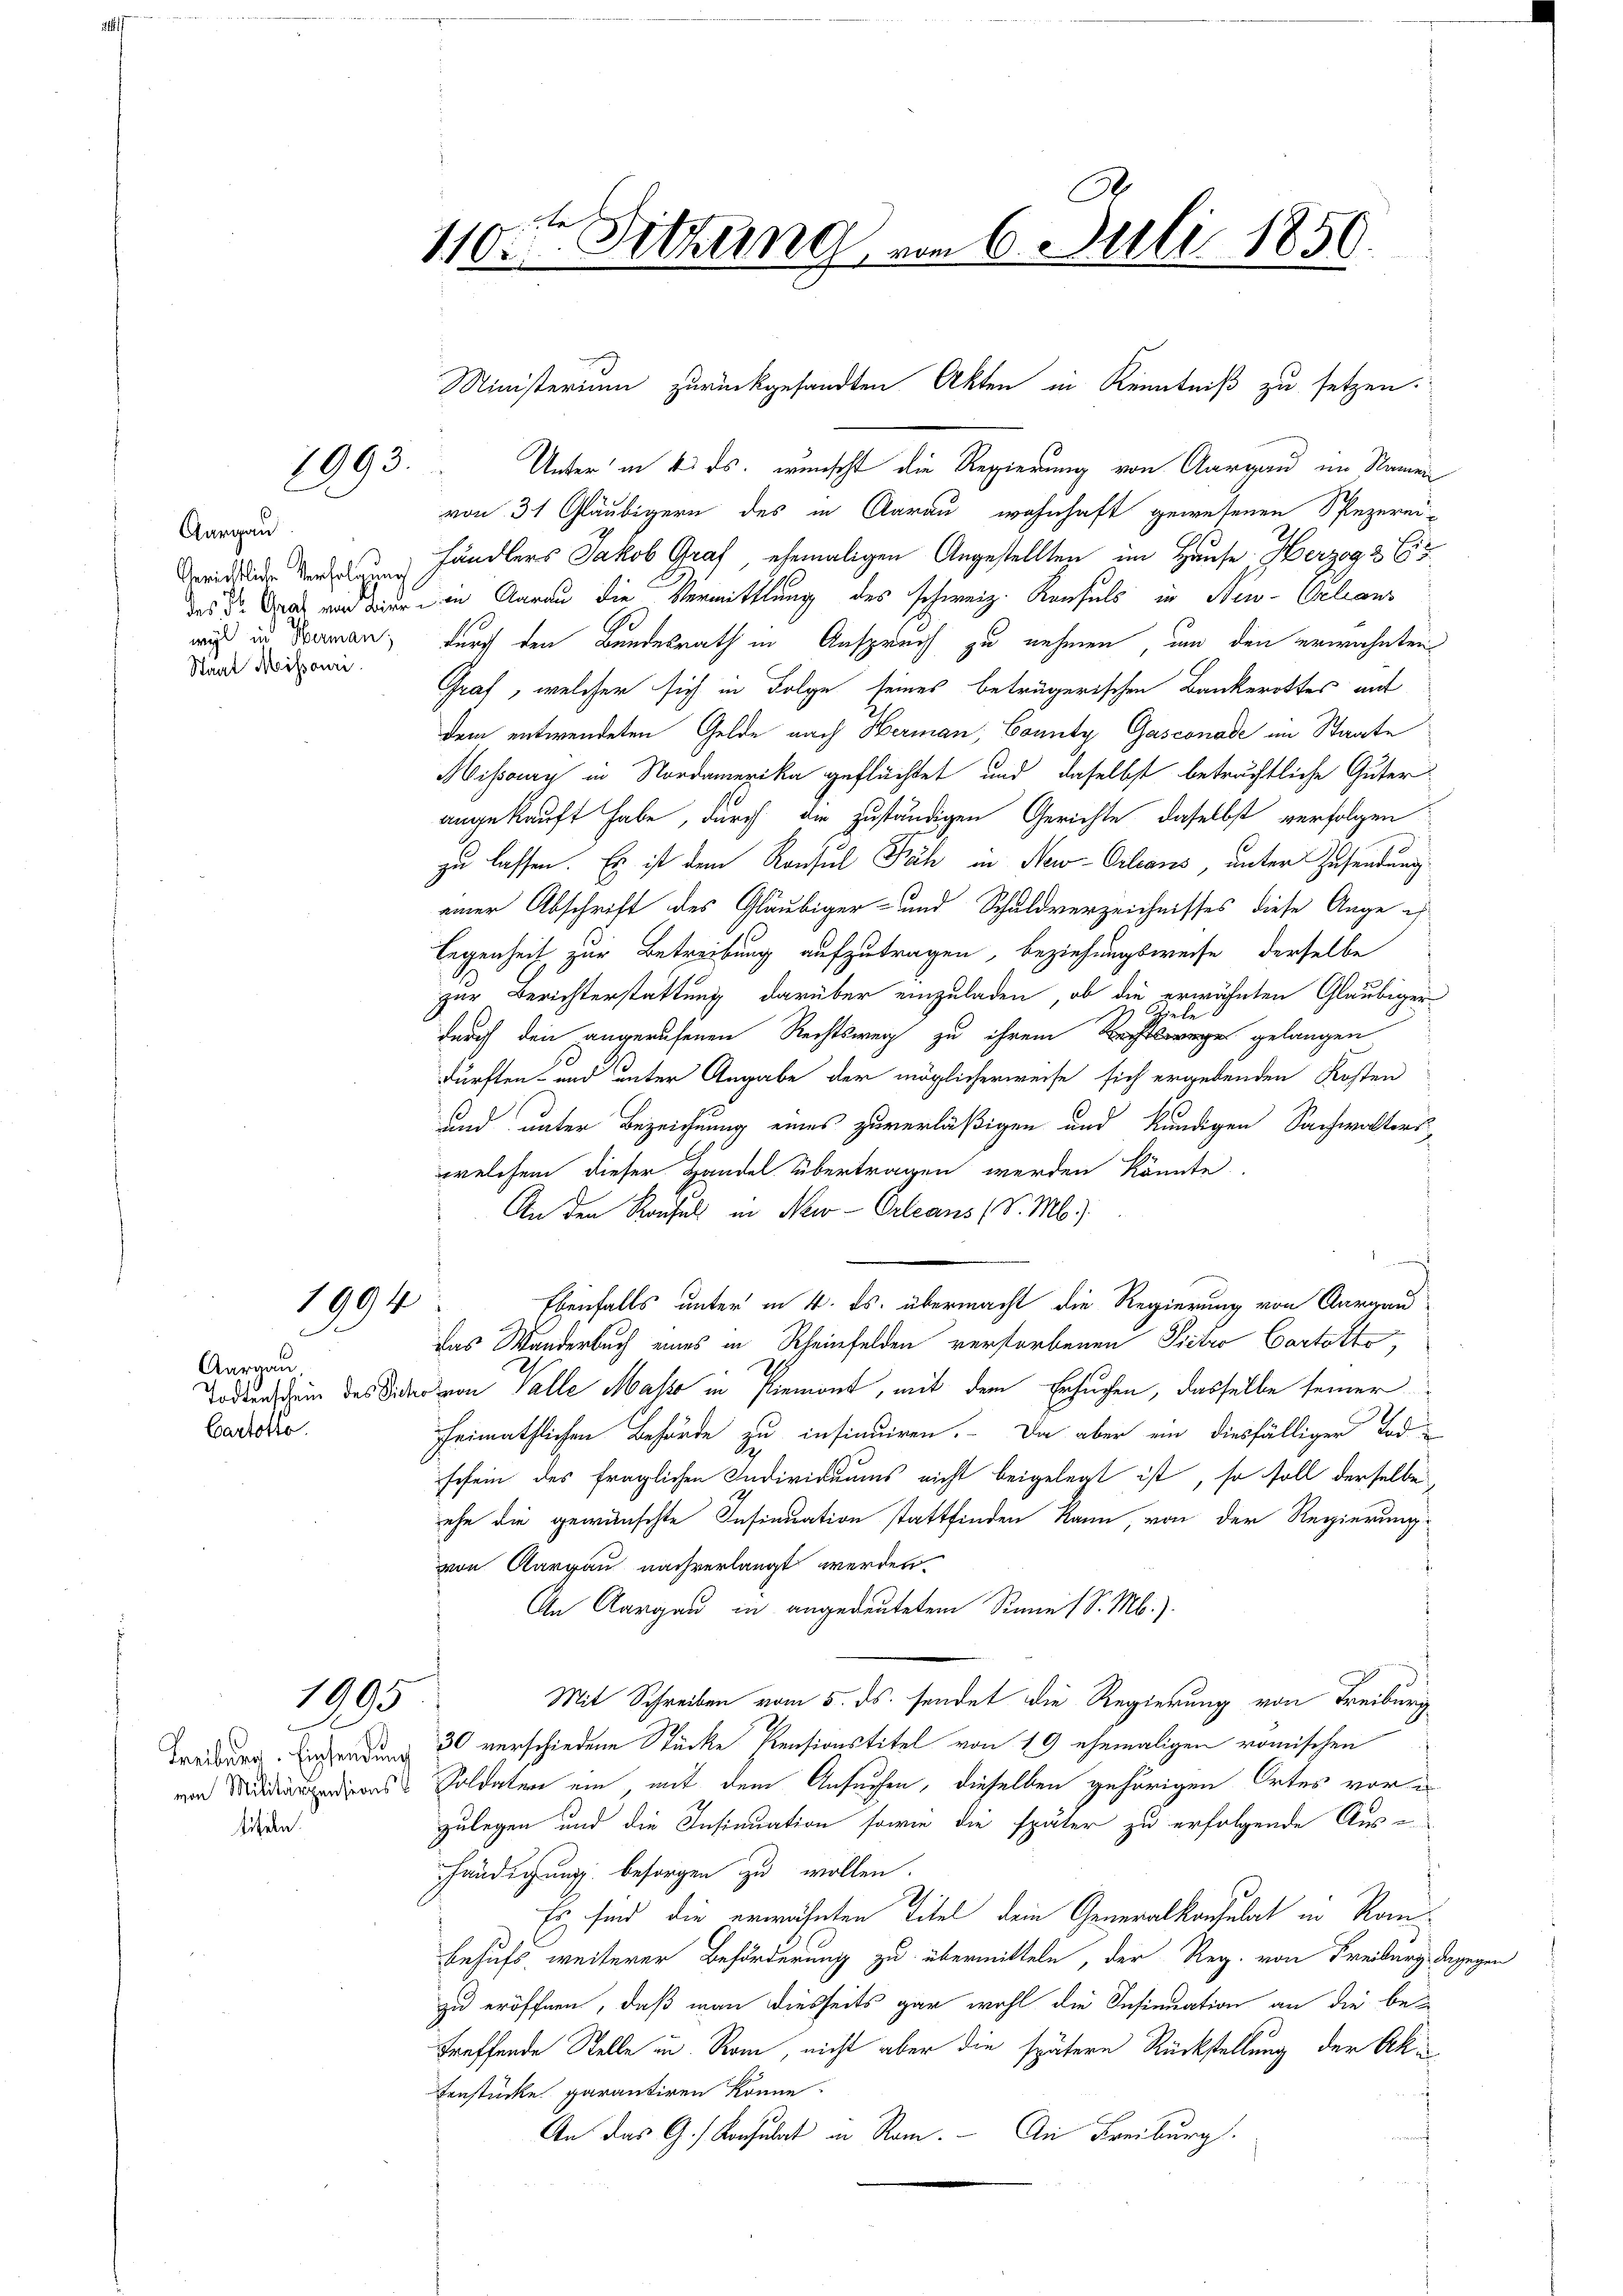
Aargau
Staat Missouri

1994

Aargau,
Cartorte.

1995

lihen.

110sten Sitzung vom 6. Juli 1850.

8993. Unter in 4. ds. wünscht die Regierung von Aargau im Namen
von 31 Gläubigern des in Aarau wohnhaft gewesenen Spezerei-
rice den Händlers Jakob Graf, ehemaligen Angestellten im Hause Herzog 3 Ei
das u. das wird dieser den Aarau die Vermittlung des schweiz. Konsuls in New- Velians
wis in Draman, durch den Bundesrath in Anspruch zu nehmen, um den erwähnten
Graf, welcher sich in Folge seines beträgerischen Bankerottes auf
dem entwendeten Gelde nach Hermann, County Gasconade im Staate
Misay in Nordamerika geflüchtet und daselbst beträchtliche Güterangekauft habe, durch die zuständigen Gerichte, daselbst verfolgen
zu lassen. Es ist dem Konsul Fäh in New-Orleans, unter Zusendung
einer Abschrift des Gläubiger- und Schuldverzeichnisses diese Auge ich
legenheit zur Betreibung aufzutragen, beziehungsweise derselbe
zur Berichterstattung darüber einzuladen, ob die erwähnten Gläubiger
Spiele.
2
durch den angerufenen Rechtsweg zu ihrem Rechtsrege gelangen
dürften- und unter Angabe der möglicherweise sich ergebenden Kosten
und unter Bezeichnung eines zuverläßigen und kundigen Sachwalterswelchem dieser Handel übertragen werden könnte.
An den Konsuls in New-Orleans (S. M.).
e
Ebenfalls unter in 4. ds. übermacht die Regierung von Aargau
das Wanderbuch eines in Rheinfelden verstorbenen Pietro Cartotte,
Todtenschein des Sider von Valle Masso in Piemont, mit dem Ersuchen, dasselbe seiner
2
heimathlichen Behörde zu insinuiren. Da aber ein diesfälliger Tod
schein des fraglichen Individuums nicht beigelegt ist, so soll derselbe
ehe die gewünschte Insinuation stattfinden kann, von der Regierung
von Aargau nachverlangt werden.
An Aargau in angedeutetem Sinne 1 S. M.).
Mit Schreiben vom 5. ds. sendet die Regierung von Freiburg
Trider Eisendung 30 verschiedene Stücke Pensionstitel von 19 ehemaligen römischen
s Soldaten ein, mit dem Ansuchen, dieselben gehörigen Ortes vor e
zulegen und die Insinuation sowie die später zu erfolgende Aus-
händigung besorgen zu wollen.
Es sind die erwähnten Titel dein Generalkonsulat in Romibehufs weiterer Beförderung zu übermitteln, der Reg. von Freiburg dagegen
zu eröffnen, daß man diesseits gar wohl die Insinuation an die be-
treffende Stelle in Rom, nicht aber die spätere Rückstellung der Ak¬
Fenstücke parantiren könne.
An das G. Konsulat in Rom. An Freiburg.

Ministerium zurückgesandten Akten in Kenntniß zu setzen.